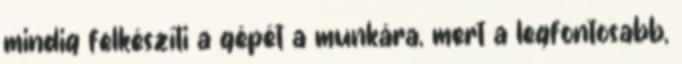
mindig felkészíti a gépét a munkára, mert a legfontosabb,